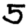
Digit: 5